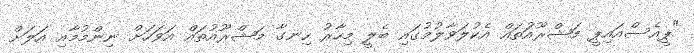
"ޕީއެސްއައިޕީ މަޝްރޫއަުތައް އެކުލަވާލުމުގައި ބެލީ މިހާރު ހިނގާ މަޝްރޫއުތައް އަވަހަށް ނިންމުމާއި އަލަށް